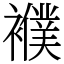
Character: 襥